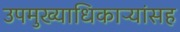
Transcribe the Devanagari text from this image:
उपमुख्याधिकाऱ्यांसह